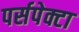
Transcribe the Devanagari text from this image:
पर्सपेक्टा